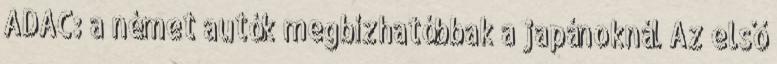
ADAC: a német autók megbízhatóbbak a japánoknál Az első